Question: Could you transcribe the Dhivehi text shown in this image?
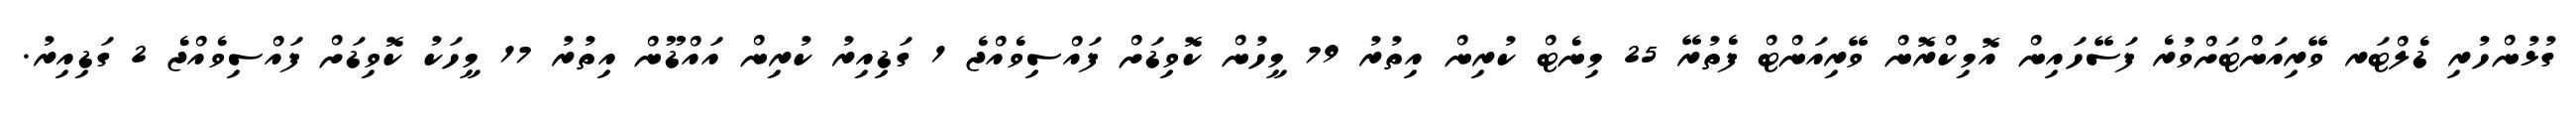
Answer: ގުޅުންހުރި ޑެލްޓަރ ވޭރިއަންޓަށްވުރެ ފަސޭހައިން އޮމިކްރޮން ވޭރިއަންޓް ފެތުރޭ 25 މިނެޓް ކުރިން އިތުރު 79 މީހުން ކޮވިޑަށް ފައްސިވެއްޖެ 1 ގަޑިއިރު ކުރިން އައްޑޫން އިތުރު 17 މީހަކު ކޮވިޑަށް ފައްސިވެއްޖެ 2 ގަޑިއިރު.